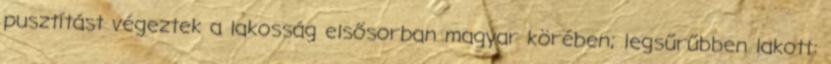
pusztítást végeztek a lakosság elsősorban magyar körében; legsűrűbben lakott: